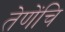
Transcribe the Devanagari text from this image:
तेणेंचि